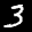
Label: 3